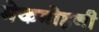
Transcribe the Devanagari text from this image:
मेकमोहनी